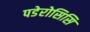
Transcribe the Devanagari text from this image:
पडेरोसिसि